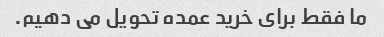
ما فقط برای خرید عمده تحویل می دهیم.